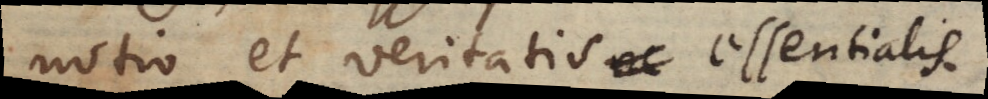
notio et veritatis essentialis.